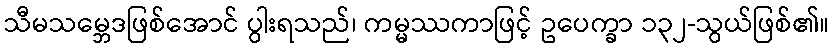
သီမသမ္ဘေဒဖြစ်အောင် ပွါးရသည်၊ ကမ္မဿကာဖြင့် ဥပေက္ခာ ၁၃၂-သွယ်ဖြစ်၏။